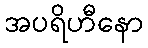
အပရိဟီနော